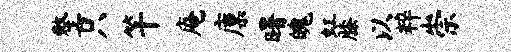
整只竿庵廪曙魄虹膝以粹崇